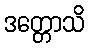
ဒတ္တောသိ